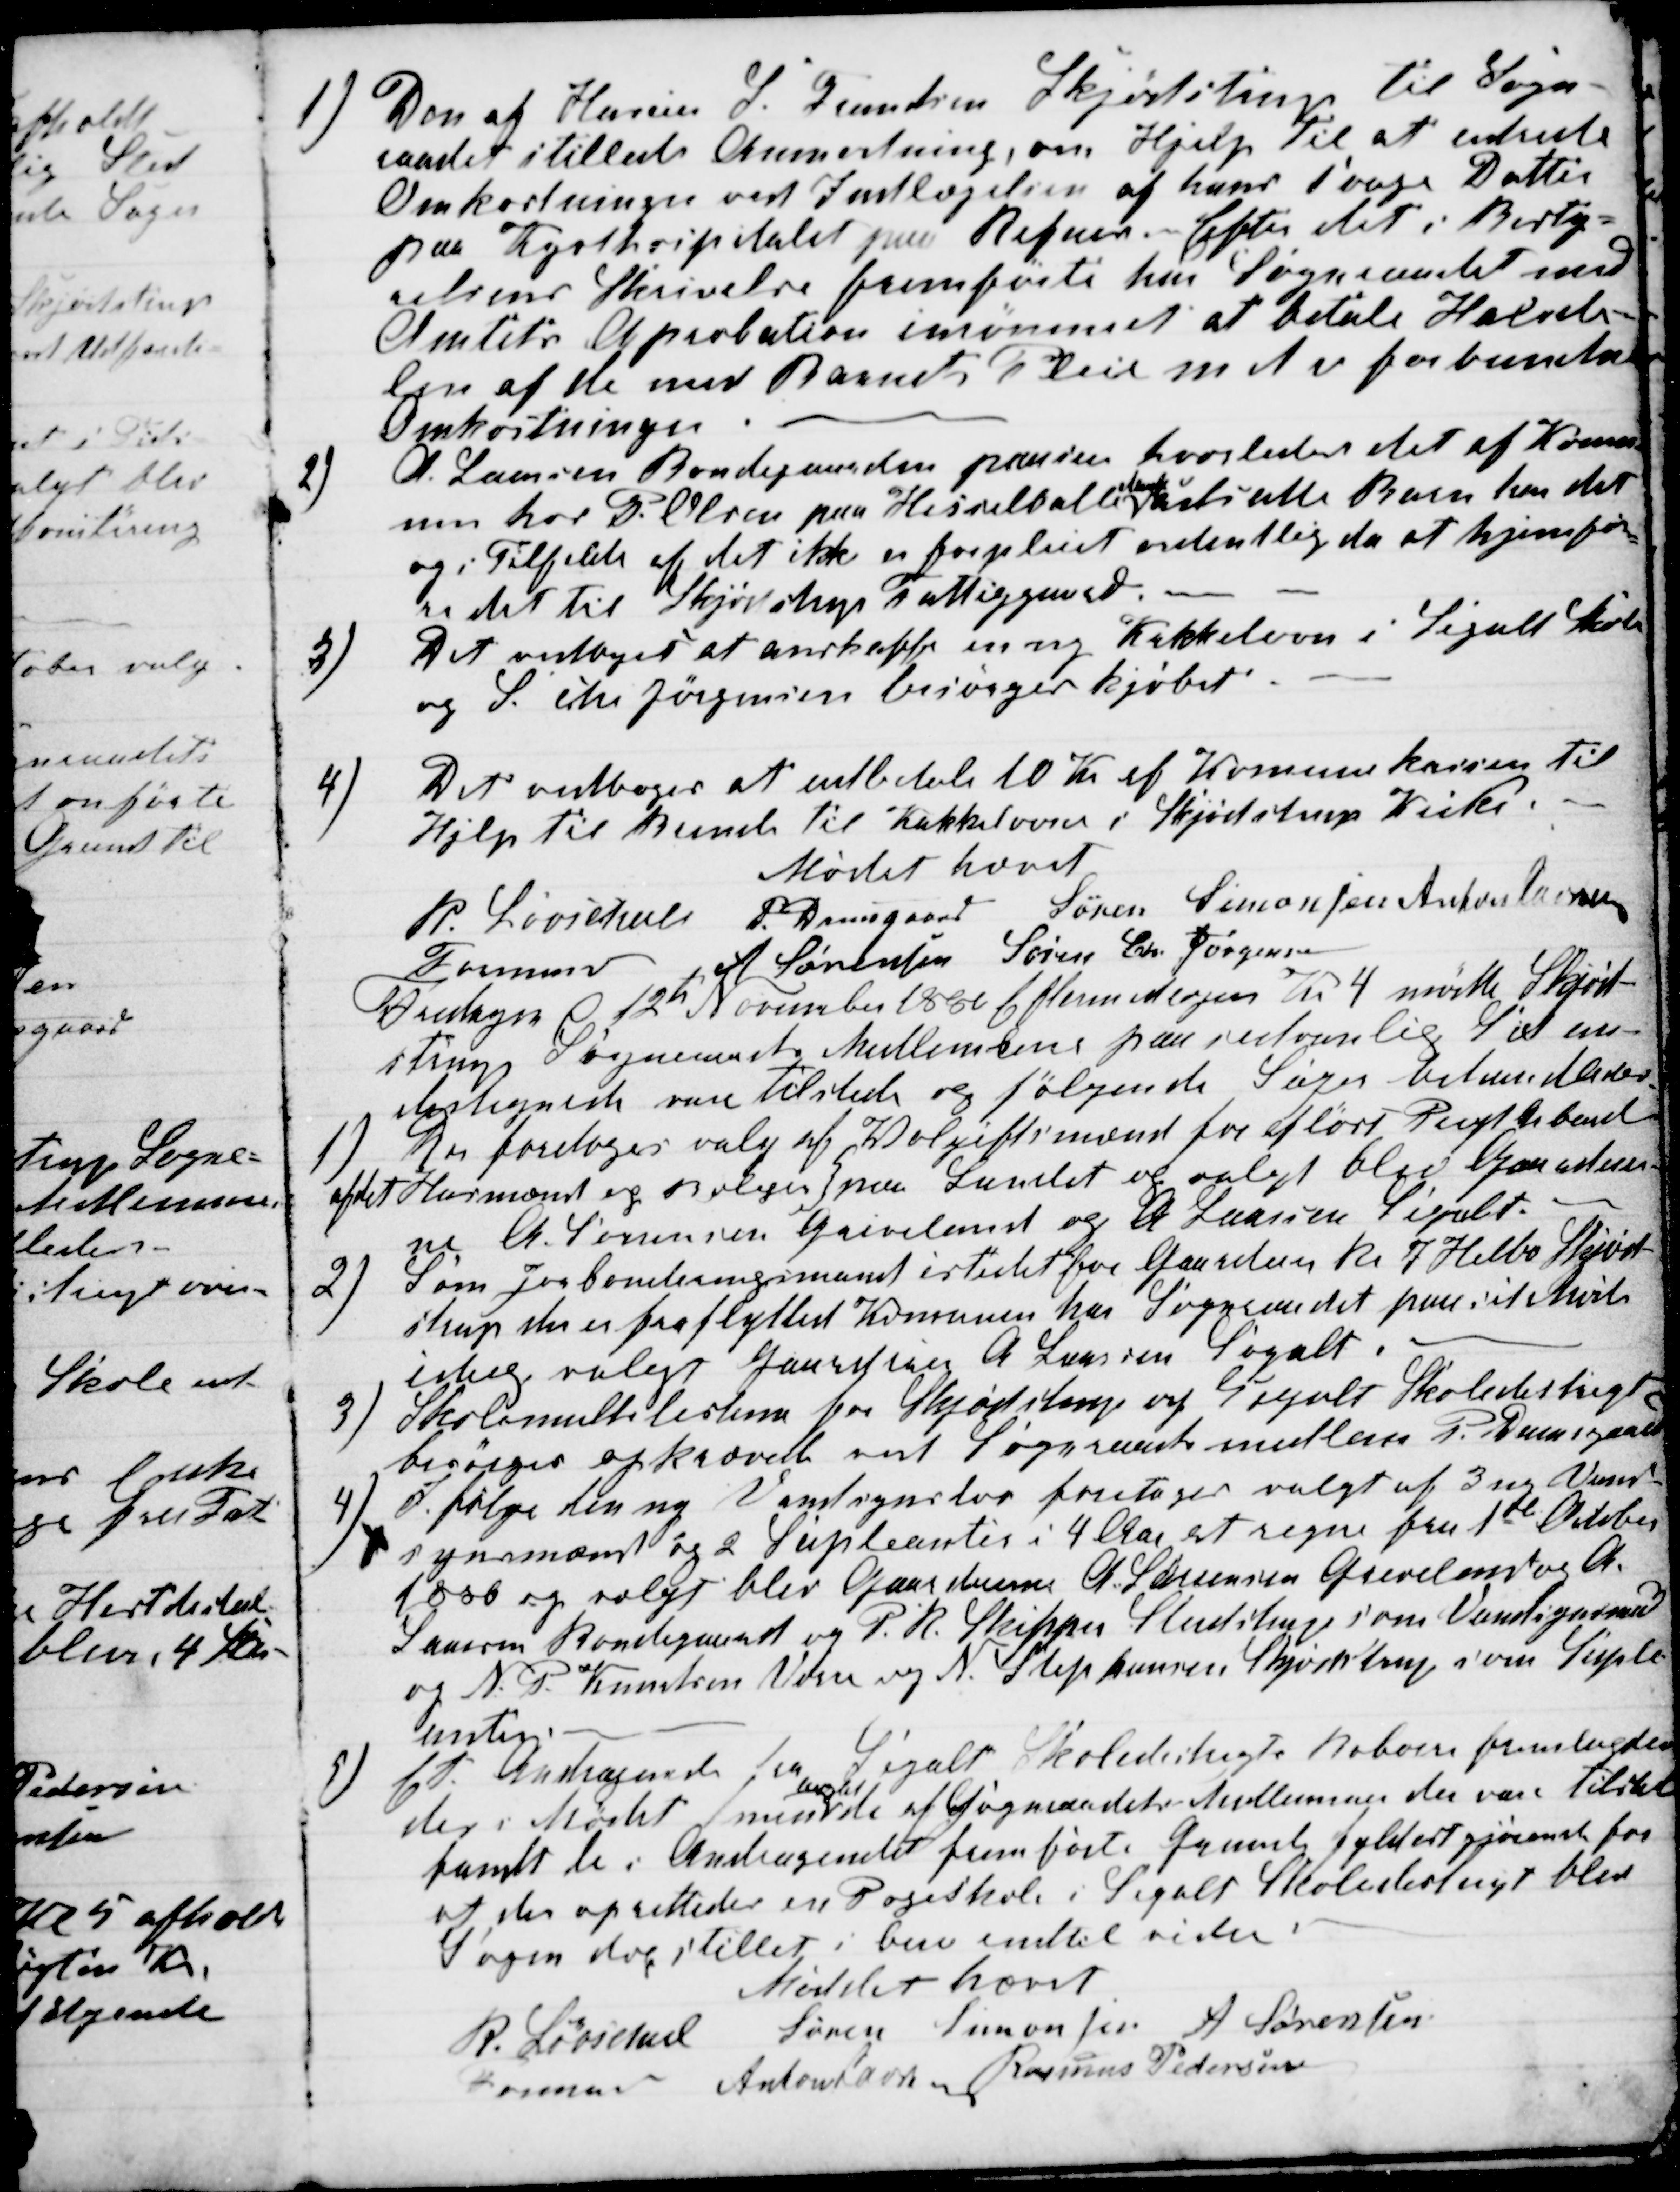
Transskription:
1) Den af Husm S. Frandsen Skjødstrup til Sogn-
raadet stillede Anmodning, om Hjelp til at udrede
Omkostningen ved Indlægelsen af hans svage Datter
paa Kysthospitalet paa Refnes. Efter det i Besty-
relsens Skrivelse fremførte har Sogneraadet med
Amtets Aprobation inrømmet at betale Halvde-
len af de med Barnets Pleie m d v forbundne
Omkostninger.
2)
A. Laursen Bondegaarden paaser hvorledes det af Komu-
nen hos P. Olsen paa Hesselballe 
Mark
udsatte Barn har det
og i Tilfælde af det ikke er forpleiet ordentlig da at hjemfør-
re det til Skjødstrup Fattiggaard.
3)
Det vedtoges at anskaffe en ny Kakkelovn i Segalt Skole
og S. Chr Jørgensen besørger kjøbet
4)
Det vedtoges at udbetale 10 Kr af Komunekassen til
Hjelp til Brende til Kakkelovnen i Skjødstrup Kirke. 
Mødet hævet
P. Løvschall
Formand
P. Damsgaard Søren Simonsen Anton Laursen
A Sørensen Søren Chr. Jørgensen
Fredagen d 12de November 1880 Eftermidagen Kl 4 mødte Skjød-
strup Sogneraads Mellemmer paa sedvanlig Sted un-
dertegnede vare tilstede og følgende Sager behandledes.
1)
Der foretoges valg af Volgiftsmænd for afløst Pligt Arbeide
af det Husmænd og Boliger paa Landet og valgt blev Gaardeier-
ne A. Sørensen Grevelund og A Laursen Segalt.
2) Som Jorbonteringsmand istedet for Gaardeier R. J. Helbo Skjød-
strup der er fraflyttet Komunen har Sogneraadet paa sit Møde
isteg valgt Gaardeier A. Laursen Segalt.
3)
Skolemulklisterne for Skjødstrup og Segalt Skoledistrigt
besørges opkrævet ved Sogneraadsmedlem P. Damsgaard
4) I følge den ny Vandsynslov foretages valgt af 3 ny Vand-
synsmænd og 2 Supleanter i 4 Aar at regne fra 1ste October
1880 og valgt blev Gaardeierne A. Sørensen Grevelund og A.
Laursen Bondegaard og P. R. Skipper Studstrup som Vandsynsmænd
og N. P. Knudsen Vorre og N. Stephansen Skjødstrup som Suple-
anter.
5)
Et Andragende fra Segalt Skoledistrigts Beboere fremlagdes
der i Mødet men
uagtet
de af Sogneraadets Medlemmer der vare tilstede
fandt de i Andragendet fremførte Grunde fyldestgjørende for
at der oprettedes en Pogeskole i Segalt Skoledistrigt blev
Sagen dog stillet i bero indtil vidre.
Mødet hævet
R. Løvschall 
Formand
Søren Simonsen A Sørensen
Anton Laursen Rasmus Pedersen